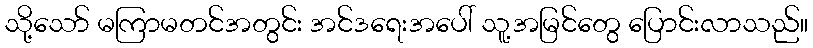
သို့သော် မကြာမတင်အတွင်း အင်ဒရေးအပေါ် သူ့အမြင်တွေ ပြောင်းလာသည်။